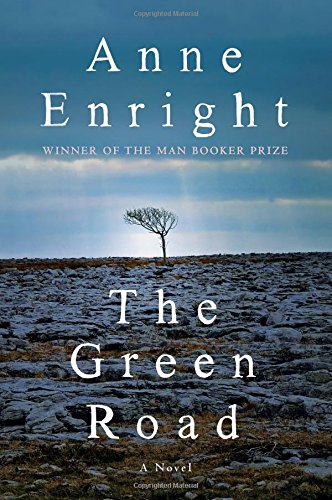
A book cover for The Green Road: A Novel; Anne Enright; Literature & Fiction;